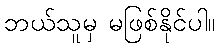
ဘယ်သူမှ မဖြစ်နိုင်ပါ။